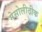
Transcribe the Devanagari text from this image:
मेसोलीठीक